Bombay plague: being a history of the progress of plague in the Bombay presidency from September 1896 to June 1899
Year: 1896
Disease focus: Plague
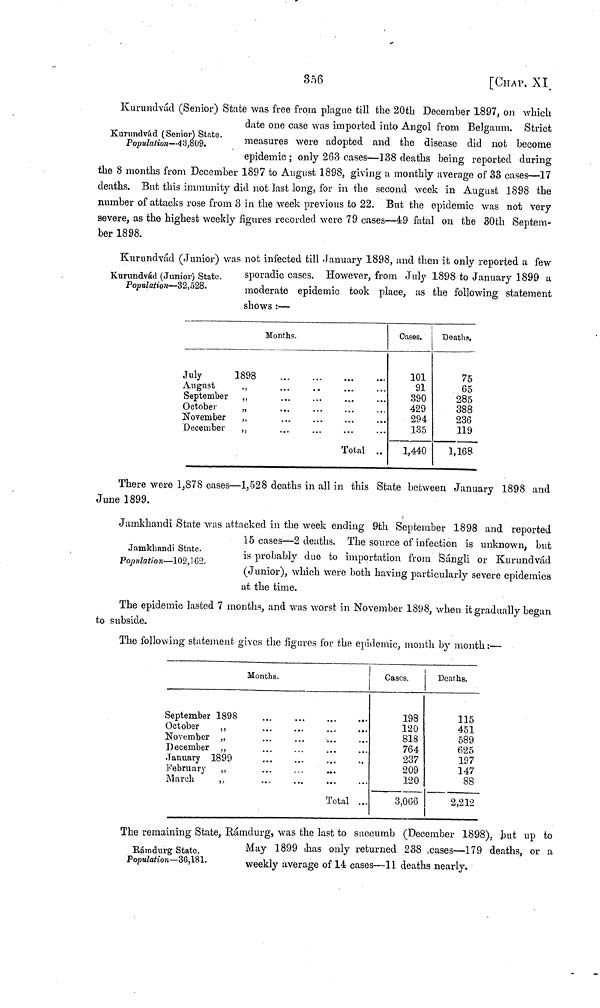
356
[CHAP, XI.
Kurundvád (Senior) State.
Population—43,809.
Kurundvád (Senior) State was free from plague till the 20th December 1897, on which
date one case was imported into Angol from Belgaum. Strict
measures were adopted and the disease did not become
epidemic; only 263 cases—138 deaths being reported during
the 8 months from December 1897 to August 1898, giving a monthly average of 33 cases—17
deaths. But this immunity did not last long, for in the second week in August 1898 the
number of attacks rose from 3 in the week previous to 22. But the epidemic was not very
severe, as the highest weekly figures recorded were 79 cases—49 fatal on the 30th Septem-
ber 1898.
Kurundvád (Junior) State.
Population—32,528.
Kurundvád (Junior) was not infected till January 1898, and then it only reported a few
sporadic cases. However, from July 1898 to January 1899 a
moderate epidemic took place, as the following statement
shows :—
Months.
July
1898
August
September ,
October
"
...
November "
December
,
Total ..
Cases.
101
91
390
429
294
135
1,440
Deaths,
75
65
285
388
236
119
1,168
There were 1,878 cases—1,528 deaths in all in this State between January 1898 and
June 1899.
Jamkhandi State.
Population—102,102.
Jamkhandi State was attacked in the week ending 9th September 1898 and reported
15 cases—2 deaths. The source of infection is unknown, but
is probably due to importation from Sángli or Kurundvád
(Junior), which were both having particularly severe epidemics
at the time.
The epidemic lasted 7 months, and was worst in November 1898, when it gradually began
to subside.
The following statement gives the figures for the epidemic, month by month:—
Months.
September 1898
October "
November
"
December "
January 1899
February
,,
March
,,
Total ...
Cases.
198
120
818
764
237
209
120
3,066
Deaths.
115
451
589
625
197
147
88
2,212
Rámdurg State.
Population—36,181.
The remaining State, Rámdurg, was the last to succumb (December 1898), but up to
May 1899 has only returned 238 cases—179 deaths, or a
weekly average of 14 cases—11 deaths nearly.